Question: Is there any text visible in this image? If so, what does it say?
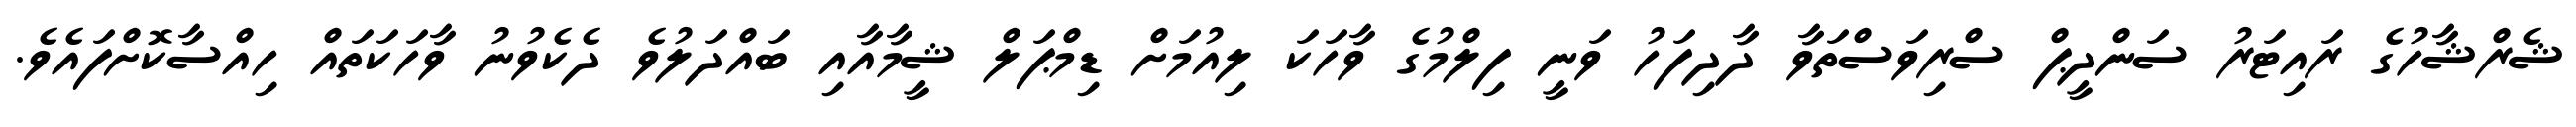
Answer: ޝެރްޝާހުގެ ރައިޓަރު ސަންދީޕް ސްރިވަސްތަވާ ދާދިފަހު ވަނީ ފިލްމުގެ ވާހަކަ ލިއުމަށް ޑިމްޕަލް ޝީމާއާއި ބައްދަލުވެ ދެކެވުނު ވާހަކަތައް ހިއްސާކޮށްފައެވެ.